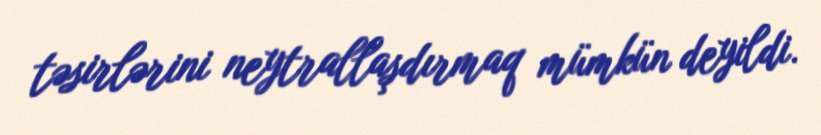
təsirlərini neytrallaşdırmaq mümkün deyildi.